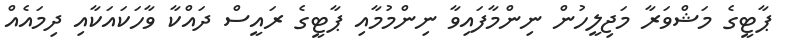
ޕާޓީގެ މަޝްވަރާ މަޖިލީހުން ނިންމާފައިވާ ނިންމުމާއި ޕާޓީގެ ރައީސް ދައްކާ ވާހަކައަކާއި ދިމައެއް